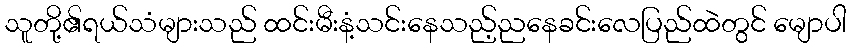
သူတို့၏ရယ်သံများသည် ထင်းမီးနံ့သင်းနေသည့်ညနေခင်းလေပြည်ထဲတွင် မျောပါ